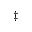
{ \ddag }